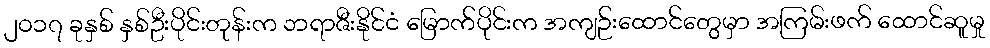
၂၀၁၇ ခုနှစ် နှစ်ဦးပိုင်းတုန်းက ဘရာဇီးနိုင်ငံ မြောက်ပိုင်းက အကျဉ်းထောင်တွေမှာ အကြမ်းဖက် ထောင်ဆူမှု